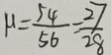
\mu = \frac { 5 4 } { 5 6 } = \frac { 2 7 } { 2 8 }